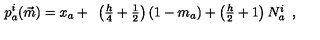
p _ { a } ^ { i } ( \vec { m } ) = x _ { a } + \begin{array} { c } { \left( \frac { h } { 4 } + \frac { 1 } { 2 } \right) \left( 1 - m _ { a } \right) + \left( \frac { h } { 2 } + 1 \right) N _ { a } ^ { i } } \\ \end{array} ,